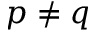
p \neq q